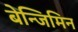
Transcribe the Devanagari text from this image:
बेन्जिमिन